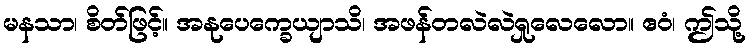
မနသာ၊ စိတ်ဖြင့်။ အနုပေက္ခေယျာသိ၊ အဖန်တလဲလဲရှုလေလော။ ဧဝံ၊ ဤသို့